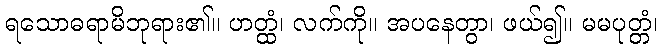
ရသောဓရာမိဘုရား၏။ ဟတ္ထံ၊ လက်ကို။ အပနေတွာ၊ ဖယ်၍။ မမပုတ္တံ၊